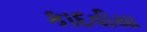
કાદવીયા